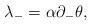
LaTeX: \begin{align*}\lambda_{-} = \alpha \partial_{-} \theta ,\end{align*}